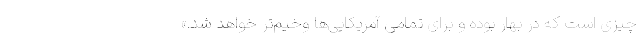
چیزی است که در بهار بوده و برای تمامی آمریکایی‌ها وخیم‌تر خواهد شد.»